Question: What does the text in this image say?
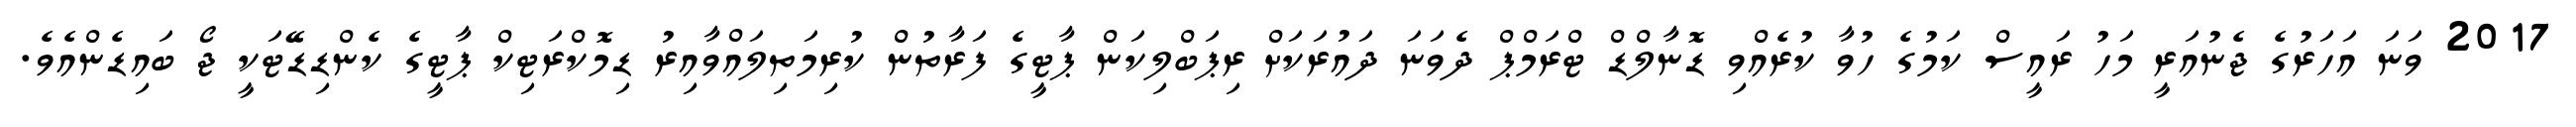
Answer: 2017 ވަނަ އަހަރުގެ ޖެނުއަރީ މަހު ރައީސް ކަމުގެ ހުވާ ކުރެއްވި ޑޮނާލްޑް ޓްރަމްޕް ދެވަނަ ދައުރަކަށް ރިޕަބްލިކަން ޕާޓީގެ ފަރާތުން ކުރިމަތިލައްވާއިރު ޑިމޮކްރަޓިކް ޕާޓީގެ ކެންޑިޑޭޓަކީ ޖޯ ބައިޑެންއެވެ.